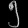
Digit: ၅